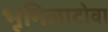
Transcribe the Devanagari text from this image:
भूमिलाटोवा